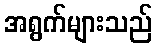
အရွက်များသည်